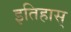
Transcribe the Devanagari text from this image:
इतिहास्